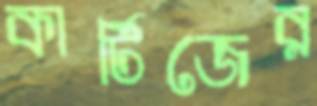
কার্টিজের